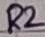
Text: R2